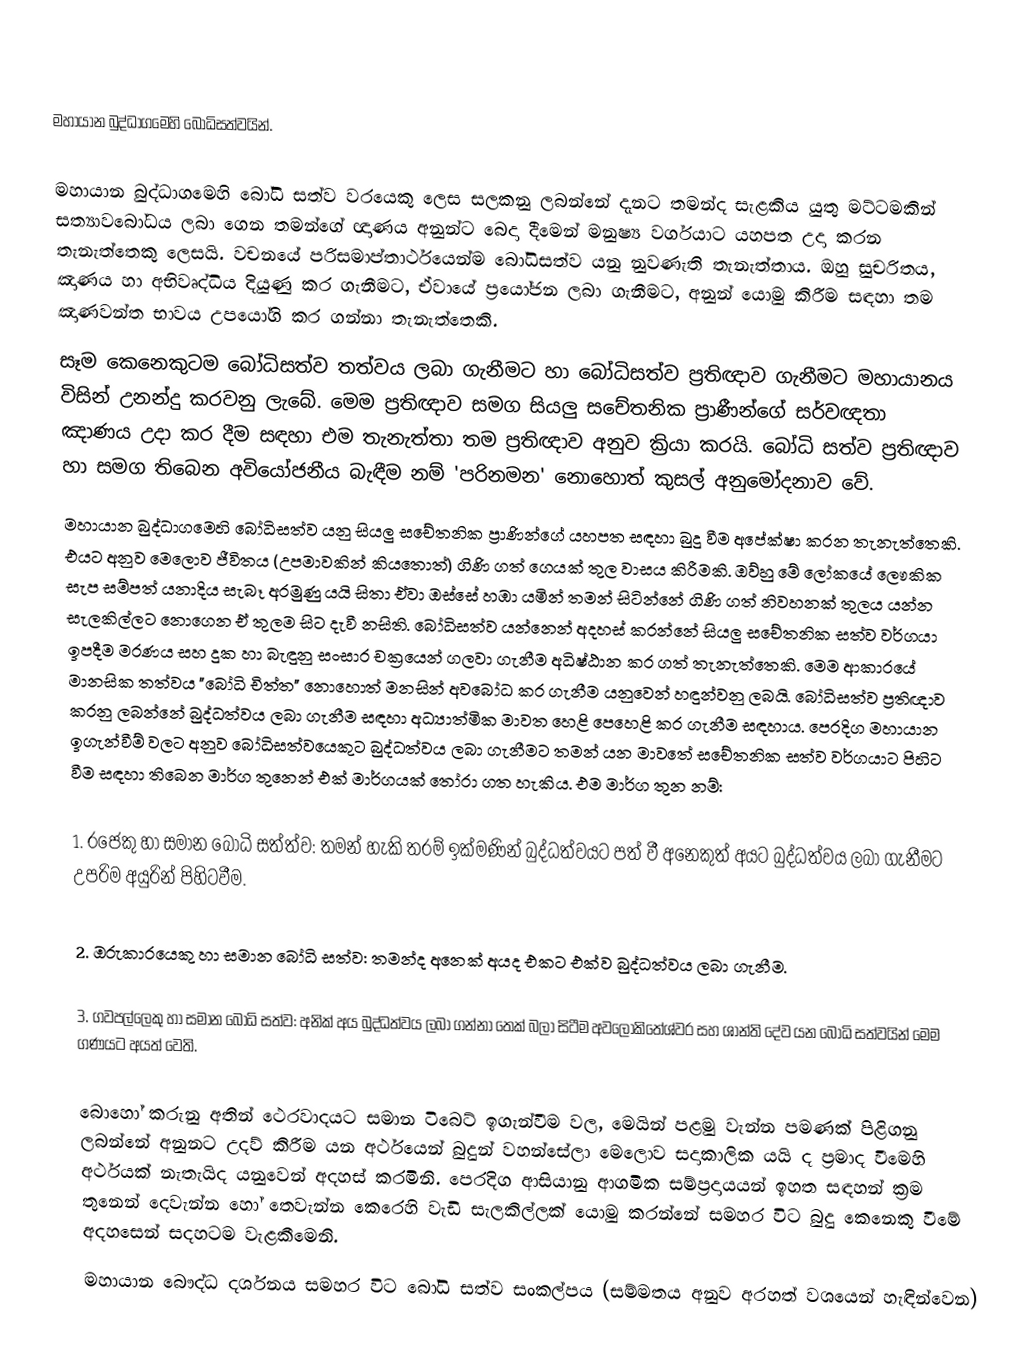

මහායාන බුද්ධාගමෙහි බෝධිසත්වයින්.

මහායාන බුද්ධාගමෙහි බෝධි සත්ව වරයෙකු ලෙස සලකනු ලබන්නේ දැනට තමන්ද සැළකිය යුතු මට්ටමකින් සත්‍යාවබෝධය ලබා ගෙන තමන්ගේ ඥාණය අනුන්ට බෙදා දීමෙන් මනුෂ්‍ය වර්ගයාට යහපත උදා කරන තැනැත්තෙකු ලෙසයි. වචනයේ පරිසමාප්තාර්ථයෙන්ම බෝධිසත්ව යනු නුවණැති තැනැත්තාය. ඔහු සුචරිතය, ඤාණය හා අභිවෘද්ධිය දියුණු කර ගැනීමට, ඒවායේ ප්‍රයෝජන ලබා ගැනීමට, අනුන් යොමු කිරීම සඳහා තම ඤාණවන්ත භාවය උපයෝගි කර ගන්නා තැනැත්තෙකි.
	සෑම කෙනෙකුටම බෝධිසත්ව තත්වය ලබා ගැනීමට හා බෝධිසත්ව ප්‍රතිඥාව ගැනීමට මහායානය විසින් උනන්දු කරවනු ලැබේ. මෙම ප්‍රතිඥාව සමග සියලු සචේතනික ප්‍රාණීන්ගේ සර්වඥතා ඤාණය උදා කර දීම සඳහා එම තැනැත්තා තම ප්‍රතිඥාව අනුව ක්‍රියා කරයි. බෝධි සත්ව ප්‍රතිඥාව හා සමග තිබෙන අවියෝජනීය බැඳීම නම් 'පරිනමන' නොහොත් කුසල් අනුමෝදනාව වේ.
	මහායාන බුද්ධාගමෙහි බෝධිසත්ව යනු සියලු සචේතනික ප්‍රාණින්ගේ යහපත සඳහා බුදු වීම අපේක්ෂා කරන තැනැත්තෙකි. එයට අනුව මෙලොව ජීවිතය (උපමාවකින් කියතොත්) ගිණි ගත් ගෙයක් තුල වාසය කිරීමකි. ඔව්හු මේ ලෝකයේ ලෞකික සැප සම්පත් යනාදිය සැබෑ අරමුණු යයි සිතා ඒවා ඔස්සේ හඹා යමින් තමන් සිටින්නේ ගිණි ගත් නිවහනක් තුලය යන්න සැලකිල්ලට නොගෙන ඒ තුලම සිට දැවී නසිති. බෝධිසත්ව යන්නෙන් අදහස් කරන්නේ සියලු සචේතනික සත්ව වර්ගයා ඉපදීම මරණය සහ දුක හා බැඳුනු සංසාර චක්‍රයෙන් ගලවා ගැනීම අධිෂ්ඨාන කර ගත් තැනැත්තෙකි. මෙම ආකාරයේ මානසික තත්වය "බෝධි චිත්ත" නොහොත් මනසින් අවබෝධ කර ගැනීම යනුවෙන් හඳුන්වනු ලබයි. බෝධිසත්ව ප්‍රතිඥාව කරනු ලබන්නේ බුද්ධත්වය ලබා ගැනීම සඳහා අධ්‍යාත්මික මාවත හෙළි පෙහෙළි කර ගැනීම සඳහාය. පෙරදිග මහායාන ඉගැන්වීම් වලට අනුව බෝධිසත්වයෙකුට බුද්ධත්වය ලබා ගැනීමට තමන් යන මාවතේ සචේතනික සත්ව වර්ගයාට පිහිට වීම සඳහා තිබෙන මාර්ග තුනෙන් එක් මාර්ගයක් තෝරා ගත හැකිය. එම මාර්ග තුන නම්:

1. රජෙකු හා සමාන බෝධි සත්ත්ව: 	තමන් හැකි තරම් ඉක්මණින් බුද්ධත්වයට පත් වී අනෙකුත් අයට 		බුද්ධත්වය ලබා ගැනීමට උපරිම අයුරින් පිහිටවීම.

2. ඔරුකාරයෙකු හා සමාන බෝධි සත්ව: තමන්ද අනෙක් අයද එකට එක්ව බුද්ධත්වය ලබා ගැනීම.

3. ගවපල්ලෙකු හා සමාන බෝධි සත්ව: අනික් අය බුද්ධත්වය ලබා ගන්නා තෙක් බලා සිටීම 			අවලෝකිතේශ්වර සහ ශාන්ති දේව යන බෝධි සත්වයින් මෙම 					ගණයට අයත් වෙති.

	බොහෝ කරුනු අතින් ථෙරවාදයට සමාන ටිබෙට් ඉගැන්වීම වල, මෙයින් පළමු වැන්න පමණක් පිළිගනු ලබන්නේ අනුනට උදව් කිරීම යන අර්ථයෙන් බුදුන් වහන්සේලා මෙලොව සදාකාලික යයි ද ප්‍රමාද වීමෙහි අර්ථයක් නැතැයිද යනුවෙන් අදහස් කරමිනි. පෙරදිග ආසියානු ආගමික සම්ප්‍රදායයන් ඉහත සඳහන් ක්‍රම තුනෙන් දෙවැන්න හෝ තෙවැන්න කෙරෙහි වැඩි සැලකිල්ලක් යොමු කරන්නේ සමහර විට බුදු කෙනෙකු වීමේ අදහසෙන් සදහටම වැළකීමෙනි.
	මහායාන බෞද්ධ දර්ශනය සමහර විට බෝධි සත්ව සංකල්පය (සම්මතය අනුව අරහත් වශයෙන් හැඳින්වෙන)